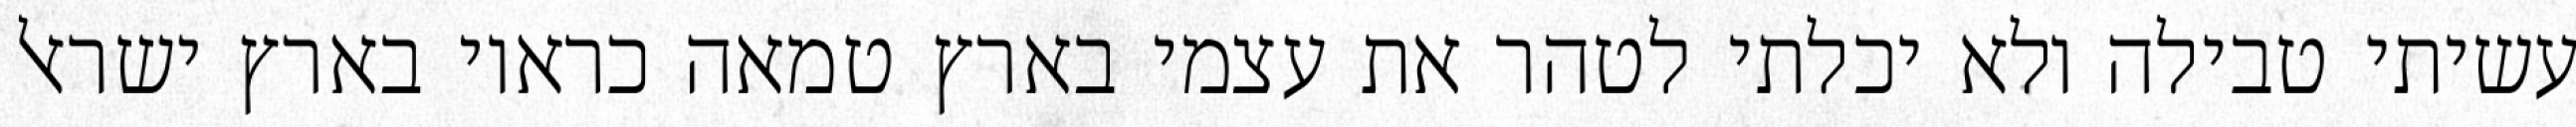
עשיתי טבילה ולא יכלתי לטהר את עצמי בארץ טמאה כראוי בארץ ישראל